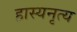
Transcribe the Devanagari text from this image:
हास्यनृत्य